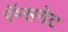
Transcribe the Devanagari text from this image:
रॅम्सगेट